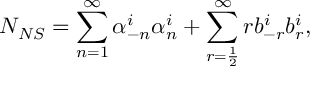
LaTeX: N _ { N S } = \sum _ { n = 1 } ^ { \infty } \alpha _ { - n } ^ { i } \alpha _ { n } ^ { i } + \sum _ { r = \frac { 1 } { 2 } } ^ { \infty } r b _ { - r } ^ { i } b _ { r } ^ { i } ,